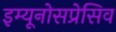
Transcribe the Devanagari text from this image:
इम्यूनोसप्रेसिव